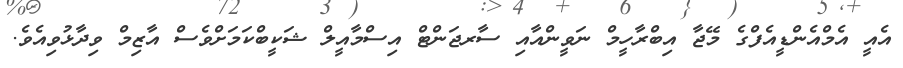
އެއީ އެމްއެންޑީއެފްގެ މޭޖާ އިބްރާހީމް ނަވީންއާއި ސާރޖަންޓް އިސްމާއީލް ޝަކީބްކަމަށްވެސް އާޒިމް ވިދާޅުވިއެވެ.